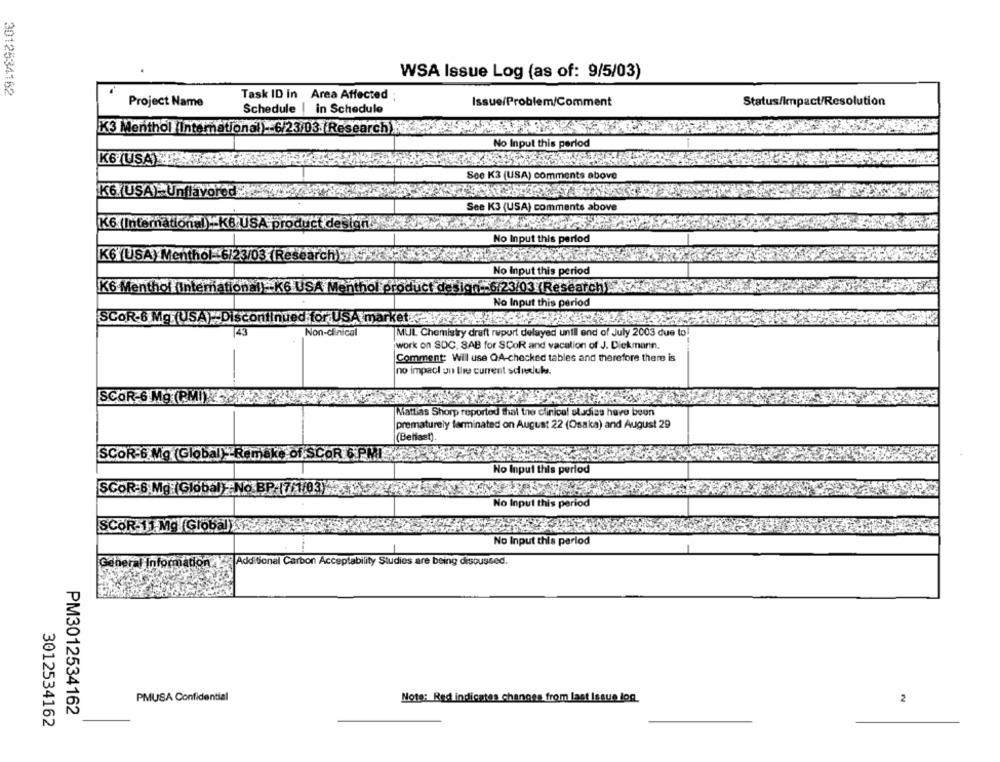
WSA Issue Log (as of: 9/5/03)
3012534162
Task ID in Area Affected
Project Name
Issue/Problem/Comment
Status/Impact/Resolution
Schedule | in Schedule
K3 Menthol (Intemational)-6/23/03 Research)
No Input this period
K6 USA
See K3 (USA) comments above
K6 U
See K3 (USA) comments above
K6
No Input this period
K6
No Input this period
ign -- 6/23/03 (Research)
No Input this period
SCOR
red for US
ket ..
Non-clinic
MUL Chemistry draft report delayed until end of July 2003 due to
work on SDC. SAB for SCoR and vacation of J. Diekmann.
Comment: Wil use QA-checked tables and therefore there is
no impact on the current souduks.
SCOR-
Mattias Shorp reported that the clinical studies have been
prematurely terminated on August 22 (Osaka) and August 29
SCOR-6 Mg (G)
SCOR-6 Mg (Global)- Remake of SCOR 6 PMI
No Input this period
SCOR-6 Mg (Global) No.BP:17/1/03)
SCOR-6 Mg (
No Input this period
SCOR-11 Mg (Global SE
SCOR-11 M
No Input this period
General Information Additional Carbon Acceptability Studies are being discussed.
PMUSA Confidential
Note: Red indicates changes from last Issue log
2
PM3012534162
3012534162